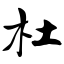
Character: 杜